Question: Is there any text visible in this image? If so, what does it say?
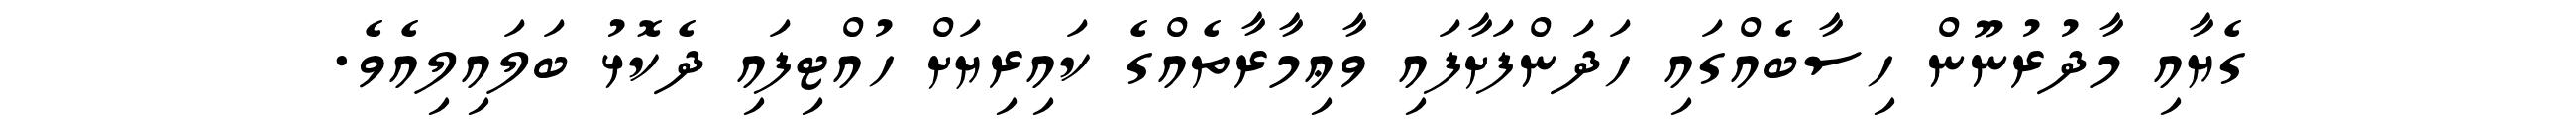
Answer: ގެޔާއި މާދުރުނޫން ހިސާބެއްގައި ހަދަންފަށާފައި ވާޢިމާރާތެއްގެ ކައިރިޔަށް ހުއްޓިފައި ދެކޮޅު ބަލައިލިއެވެ.